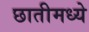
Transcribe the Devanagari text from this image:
छातीमध्ये